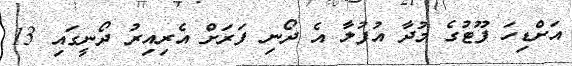
އަށްޑިހަ ފޫޓުގެ މުދާ އުފުލާ އެ ދޯނި ފަރަށް އެރިއިރު ދޯނީގައި 13